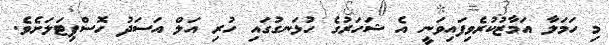
މި ހަމަލާ އަމާޒުކުރެވިފައިވަނީ އެ ޝަހަރުގެ ހުޅަނގުގައި ހުރި އަލް އަަސަދު ހޮސްޕިޓަލަށެވެ.